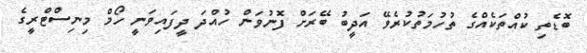
ބޮޑެތި ކުއްތަކެއްގެ ތުހުމަތުކުރެވޭ އަދީބު ބޭރަށް ފޮނުވަން ހުއްދަ ދީފައިވަނީ ހޯމް މިނިސްޓްރީގެ